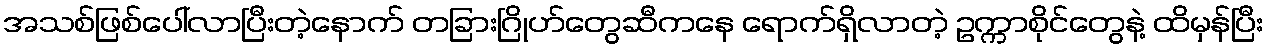
အသစ်ဖြစ်ပေါ်လာပြီးတဲ့နောက် တခြားဂြိုဟ်တွေဆီကနေ ရောက်ရှိလာတဲ့ ဥက္ကာစိုင်တွေနဲ့ ထိမှန်ပြီး